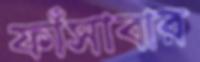
ফাঁসাবার